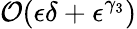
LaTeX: \mathcal{O}(\epsilon\delta+\epsilon^{\gamma_{3}})